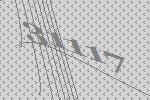
31117